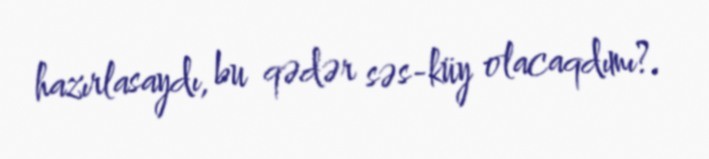
hazırlasaydı, bu qədər səs-küy olacaqdımı?.